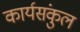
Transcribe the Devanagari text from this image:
कार्यसंकुल